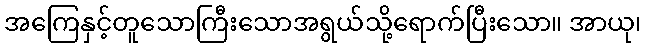
အကြေနှင့်တူသောကြီးသောအရွယ်သို့ရောက်ပြီးသော။ အာယု၊